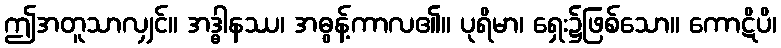
ဤအတူသာလျှင်။ အဒ္ဓါနဿ၊ အဓွန့်ကာလ၏။ ပုရိမာ၊ ရှေး၌ဖြစ်သော။ ကောဋိပိ၊